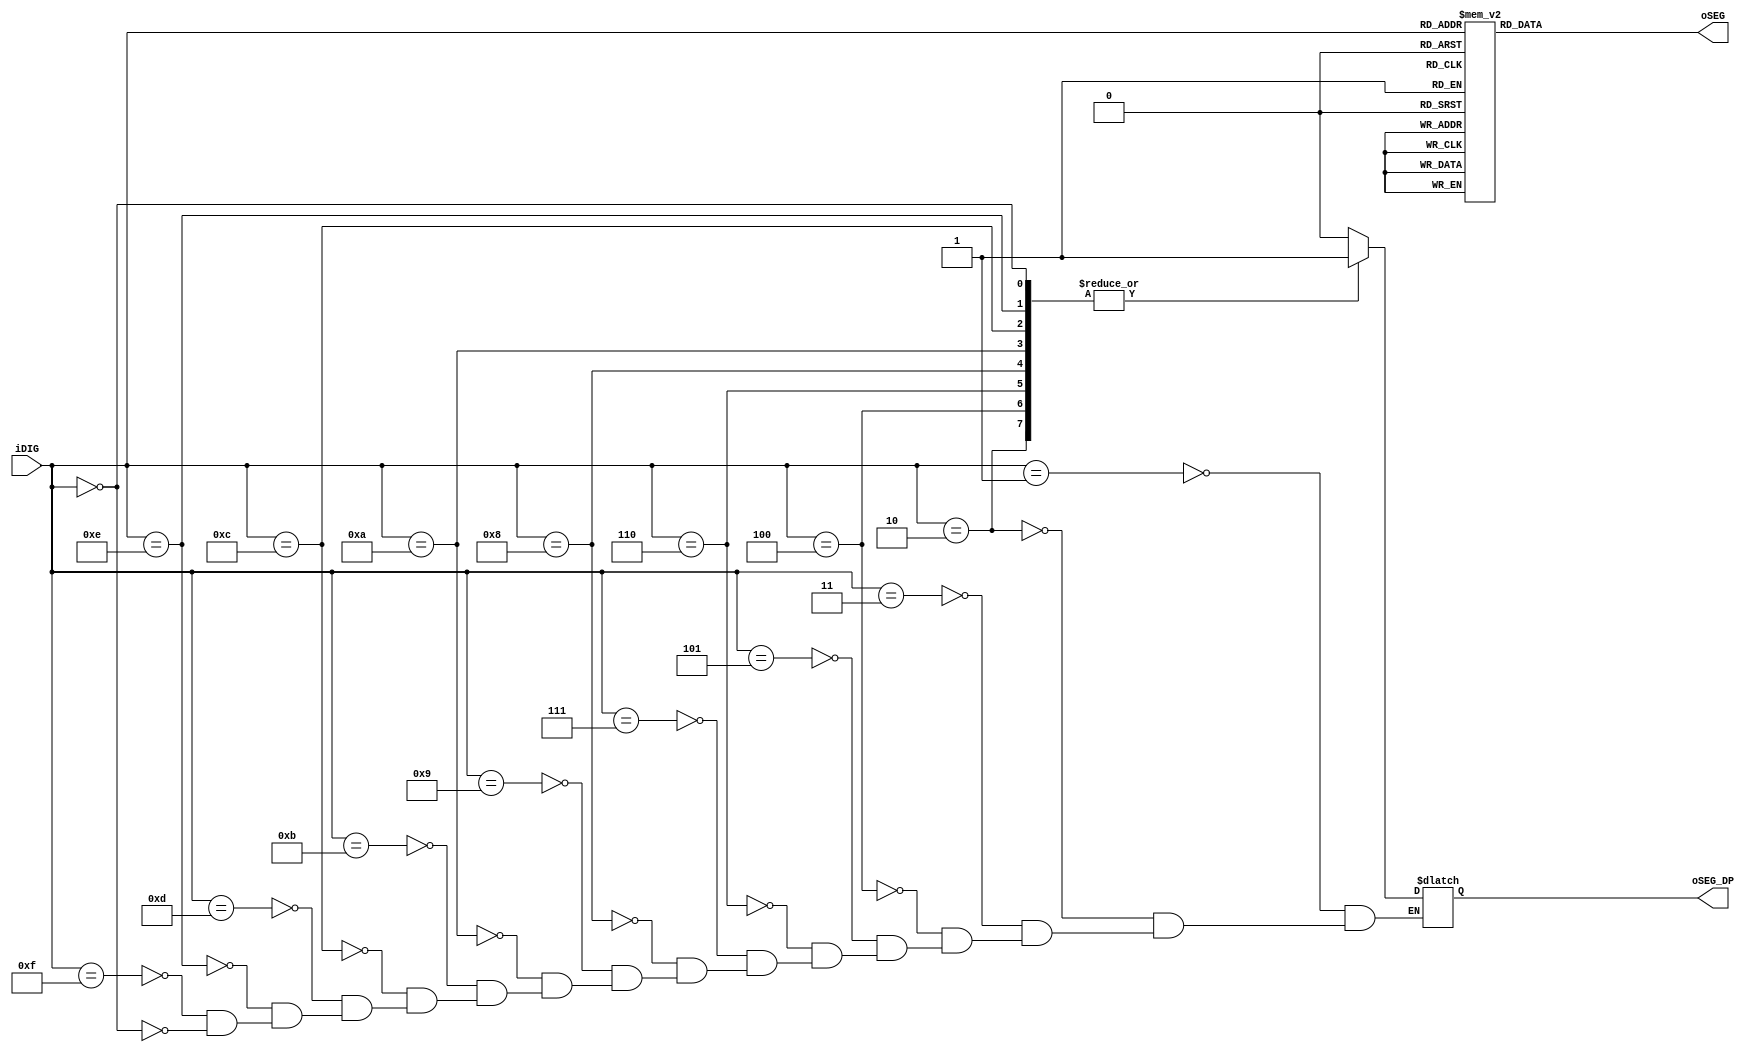
module SEG7_LUT	(oSEG,oSEG_DP,iDIG	);
input	[5:0]	iDIG;
output	[6:0]	oSEG;
output			oSEG_DP;

reg		[6:0]	oSEG;
reg				oSEG_DP;

always @(iDIG)
begin
		case(iDIG)
		6'h1:  oSEG = 7'b1111001; 		// ---t----
		6'h2:  oSEG = 7'b0100100; 		// |	  |
		6'h3:  oSEG = 7'b0110000; 		// lt	 rt
		6'h4:  oSEG = 7'b0011001; 		// |	  |
		6'h5:  oSEG = 7'b0010010; 		// ---m----
		6'h6:  oSEG = 7'b0000010; 		// |	  |
		6'h7:  oSEG = 7'b1111000; 		// lb	 rb
		6'h8:  oSEG = 7'b0000000; 		// |	  |
		6'h9:  oSEG = 7'b0011000; 		// ---b----
		6'ha:  oSEG = 7'b0001000;
		6'hb:  oSEG = 7'b0000011;
		6'hc:  oSEG = 7'b1000110;
		6'hd:  oSEG = 7'b0100001;
		6'he:  oSEG = 7'b0000110;
		6'hf:  oSEG = 7'b0001110;
		6'h0:  oSEG = 7'b1000000;
		6'h2f: oSEG = 7'b0101111;		// 'r'
		6'h7f: oSEG = 7'b1111111;		// turn segment off
		default: oSEG = 7'b1000000;
		endcase
end

always @(iDIG)
begin
		case(iDIG)
		4'h1: oSEG_DP = 1'b0;
		4'h2: oSEG_DP = 1'b1;
		4'h3: oSEG_DP = 1'b0;
		4'h4: oSEG_DP = 1'b1;
		4'h5: oSEG_DP = 1'b0;
		4'h6: oSEG_DP = 1'b1;
		4'h7: oSEG_DP = 1'b0;
		4'h8: oSEG_DP = 1'b1;
		4'h9: oSEG_DP = 1'b0;
		4'ha: oSEG_DP = 1'b1;
		4'hb: oSEG_DP = 1'b0;
		4'hc: oSEG_DP = 1'b1;
		4'hd: oSEG_DP = 1'b0;
		4'he: oSEG_DP = 1'b1;
		4'hf: oSEG_DP = 1'b0;
		4'h0: oSEG_DP = 1'b1;
		endcase
end
endmodule